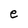
Character: e